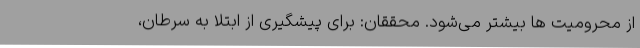
از محرومیت ها بیشتر می‌شود. محققان: برای پیشگیری از ابتلا به سرطان،